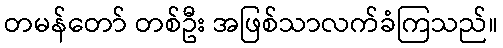
တမန်တော် တစ်ဦး အဖြစ်သာလက်ခံကြသည်။